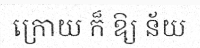
ក្រោយ ក៏ ឱ្យ ន័យ